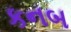
કનબ